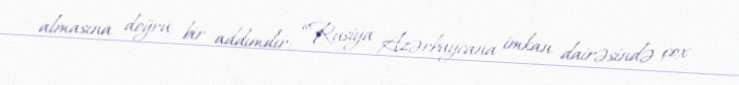
almasına doğru bir addımdır: “Rusiya Azərbaycana imkan dairəsində çox